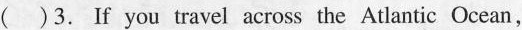
( )3. If you travel across the Atlantic Ocean,